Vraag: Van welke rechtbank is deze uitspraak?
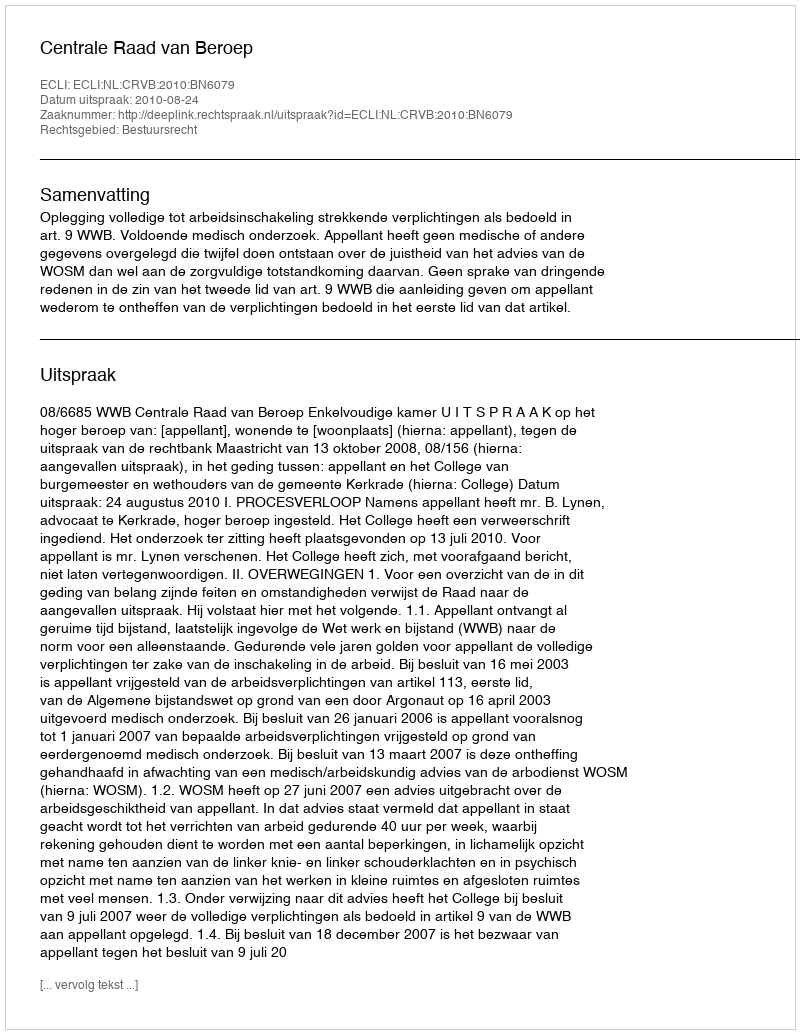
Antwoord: Centrale Raad van Beroep